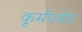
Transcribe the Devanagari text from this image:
कूर्मपर्वत